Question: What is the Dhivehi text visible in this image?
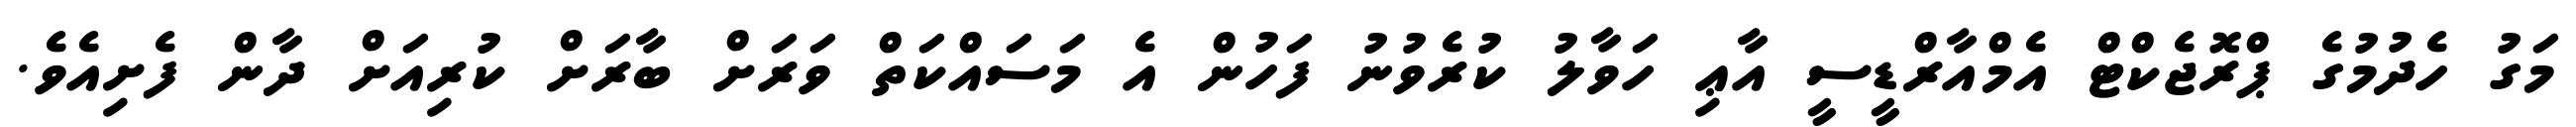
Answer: މަގު ހެދުމުގެ ޕްރޮޖެކްޓް އެމްއާރްޑީސީ އާޢި ހަވާލު ކުރެވުނު ފަހުން އެ މަސައްކަތް ވަރަށް ބާރަށް ކުރިއަށް ދާން ފެށިއެވެ.